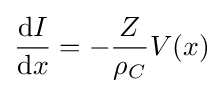
{\frac {\mathrm {d} I}{\mathrm {d} x}}=-{\frac {Z}{\rho _{C}}}V(x)